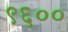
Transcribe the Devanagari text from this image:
९६००